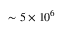
\sim 5 \times 1 0 ^ { 6 }